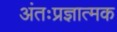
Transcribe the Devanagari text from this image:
अंतःप्रज्ञात्मक